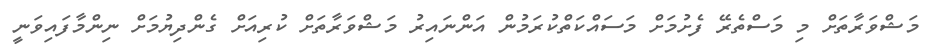
މަޝްވަރާތަށް މި މަސްތެރޭ ފެށުމަށް މަސައްކަތްކުރަމުން އަންނައިރު މަޝްވަރާތަށް ކުރިއަށް ގެންދިޔުމަށް ނިންމާފައިވަނީ